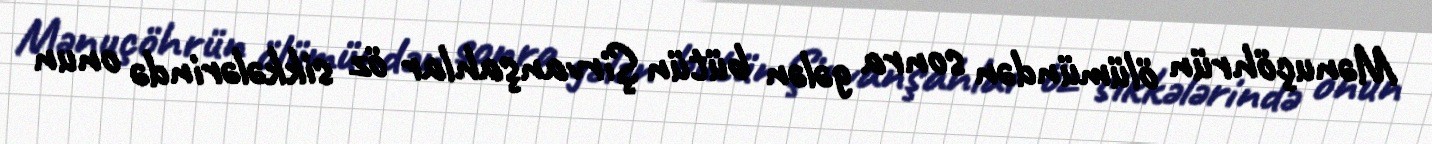
Mənuçöhrün ölümündən sonra gələn bütün Şirvanşahlar öz sikkələrində onun